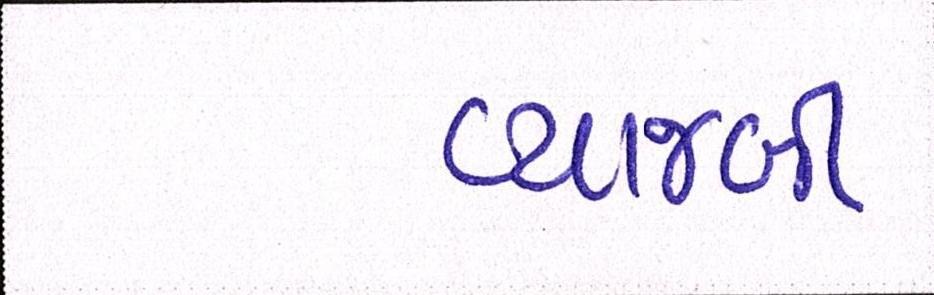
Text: વ્યાજબી